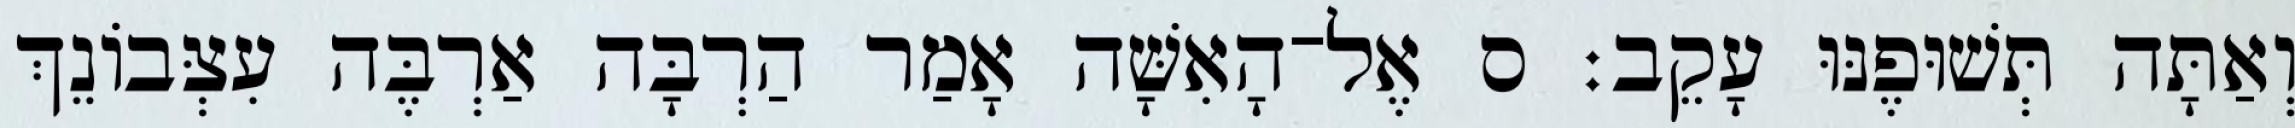
וְאַתָּה תְּשׁוּפֶנּוּ עָקֵב׃ ס אֶל־הָאִשָּׁה אָמַר הַרְבָּה אַרְבֶּה עִצְּבֹונֵךְ